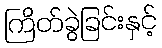
ကြိတ်ခွဲခြင်းနှင့်